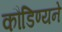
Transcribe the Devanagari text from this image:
कौडिण्यने